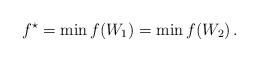
LaTeX: \begin{align*}f^\star=\min f(W_1)=\min f(W_2)\,.\end{align*}